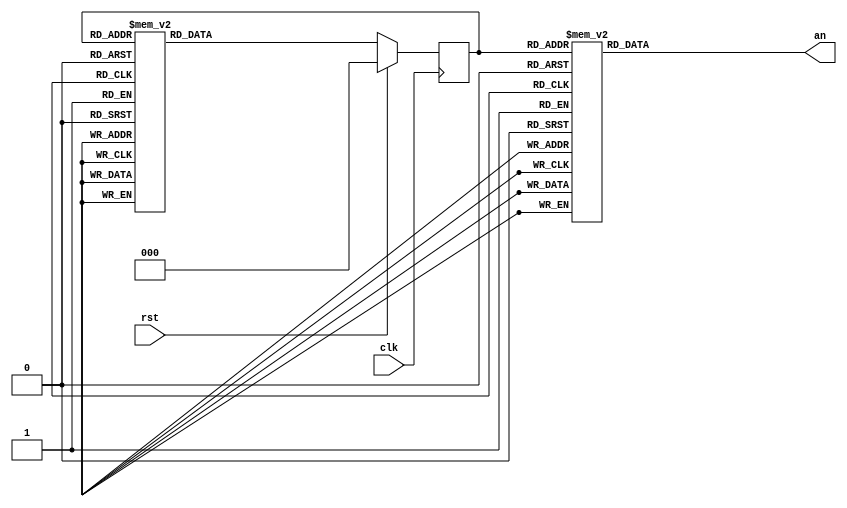
`timescale 1ns / 1ps
//////////////////////////////////////////////////////////////////////////////////
// Company:
// Engineer:
//
// Design Name:
// Module Name:    secuencia
// Project Name:
// Target Devices:
// Tool versions:
// Description:
//
// Dependencies:
//
// Revision:
// Revision 0.01 - File Created
// Additional Comments:
//
//////////////////////////////////////////////////////////////////////////////////
module secuencia(
	input clk,
	input rst,
	output reg [7:0] an
	);


	reg [2:0]CurrentState;
	reg [2:0]NextState;
	parameter A=3'b000;
	parameter B=3'b001;
	parameter C=3'b010;
	parameter D=3'b011;
	parameter E=3'b100;
	parameter F=3'b101;
	parameter G=3'b110;
	parameter H=3'b111;

	//ver NS
	always @(*)
		begin
			case (CurrentState)
				A: NextState <= B;
				B: NextState <= C;
				C: NextState <= D;
				D: NextState <= E;
				E: NextState <= F;
				F: NextState <= G;
				G: NextState <= H;
				H: NextState <= A;
				default : NextState <= A;
			endcase
		end

	//outputs
	always @(*)
		begin
			case (CurrentState)
				A: an<= 8'b01111111;
				B: an<= 8'b10111111;
				C: an<= 8'b11011111;
				D: an<= 8'b11101111;
				E: an<= 8'b11110111;
				F: an<= 8'b11111011;
				G: an<= 8'b11111101;
				H: an<= 8'b11111110;
				default : an<=8'b11111111;
			endcase
		end

	//registro
	always @(posedge clk)
		begin
			if (rst==1)
				CurrentState <= A;
			else
				CurrentState <= NextState;
		end


endmodule